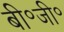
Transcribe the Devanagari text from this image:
बी॰जी॰